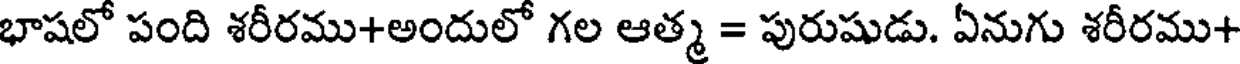
భాషలో పంది శరీరము+అందులో గల ఆత్మ = పురుషుడు. ఏనుగు శరీరము+